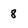
Character: 8